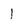
Character: 1